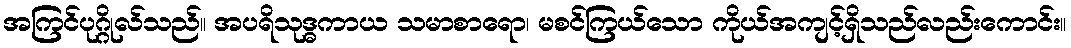
အကြင်ပုဂ္ဂိုလ်သည်။ အပရိသုဒ္ဓကာယ သမာစာရော၊ မစင်ကြယ်သော ကိုယ်အကျင့်ရှိသည်လည်းကောင်း။